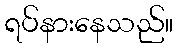
ရပ်နားနေသည်။